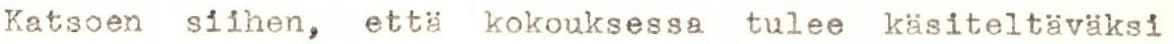
Katson siihen, että kokouksessa tulee käsiteltäväksi